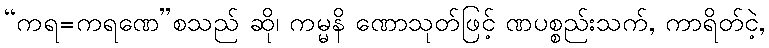
“ကရ=ကရဏေ”စသည် ဆို၊ ကမ္မနိ ဏောသုတ်ဖြင့် ဏပစ္စည်းသက်, ကာရိတ်ငဲ့,